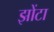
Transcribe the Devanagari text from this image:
झोंटा